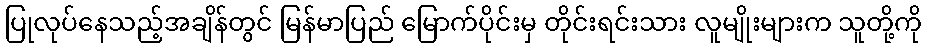
ပြုလုပ်နေသည့်အချိန်တွင် မြန်မာပြည် မြောက်ပိုင်းမှ တိုင်းရင်းသား လူမျိုးများက သူတို့ကို